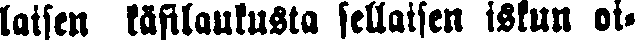
laisen käsilaukusta sellaisen iskun oi-